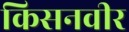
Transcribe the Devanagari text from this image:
किसनवीर